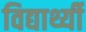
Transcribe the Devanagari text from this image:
विद्यार्थ्यी